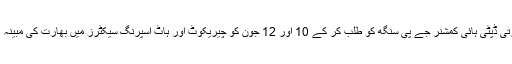
پاکستان کی وزارتِ خارجہ نے بھارتی ڈپٹی ہائی کمشنر جے پی سنگھ کو طلب کر کے 10 اور 12 جون کو چیریکوٹ اور ہاٹ اسپرنگ سیکٹرز میں بھارت کی مبینہ ’’بلا اشتعال‘‘ فائرنگ پر احتجاج کیا۔